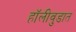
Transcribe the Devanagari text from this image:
हॉलीवुडात